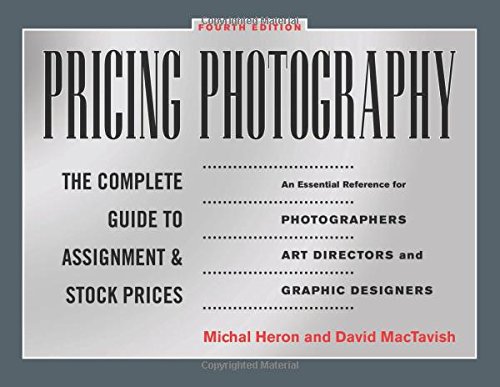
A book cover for Pricing Photography: The Complete Guide to Assignment and Stock Prices; Michal Heron; Arts & Photography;